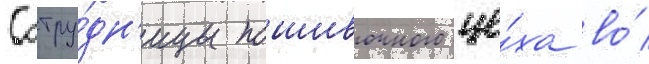
Сотру́дн'ицы пошивочного це́ха во́